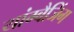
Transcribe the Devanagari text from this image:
यांग्बैजिंग